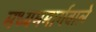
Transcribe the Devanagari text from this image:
मध्यममार्गवाले